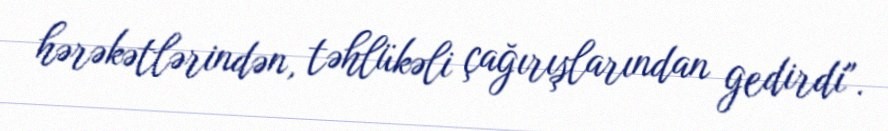
hərəkətlərindən, təhlükəli çağırışlarından gedirdi".